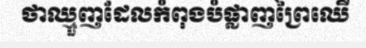
ថាឈ្មួញដែលកំពុងបំផ្លាញព្រៃឈើ